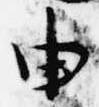
由